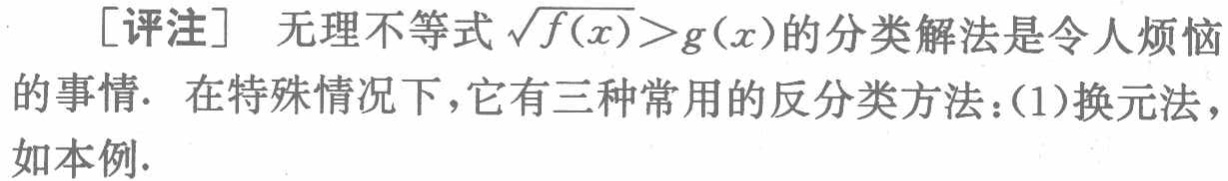
[评注] 无理不等式\(\sqrt{f(x)}>g(x)\)的分类解法是令人烦恼的事情. 在特殊情况下，它有三种常用的反分类方法：(1)换元法，如本例.